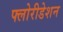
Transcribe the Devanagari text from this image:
फ्लोरीडेशन